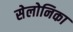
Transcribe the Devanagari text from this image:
सेलोनिका